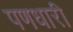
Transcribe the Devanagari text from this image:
पणधारी